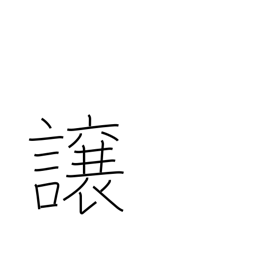
Meaning: convey